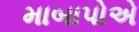
માબાપોએ